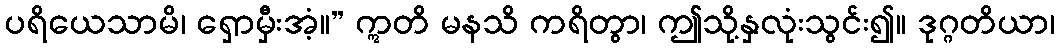
ပရိယေသာမိ၊ ရှောမှီးအံ့။” ဣတိ မနသိ ကရိတွာ၊ ဤသို့နှလုံးသွင်း၍။ ဒုဂ္ဂတိယာ၊